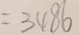
= 3 4 8 6